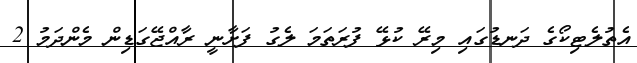
އެތުލެޓިކޯގެ ދަނޑުގައި މިރޭ ކުޅޭ ފުރަތަމަ ލެގު ފަށާނީ ރާއްޖޭގަޑިން މެންދަމު 2